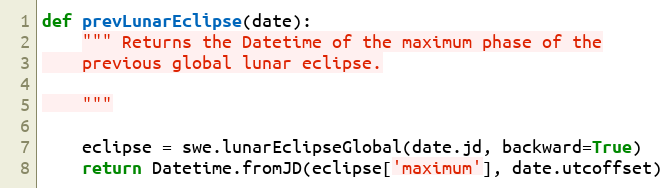
Language: Python
def prevLunarEclipse(date):
    """ Returns the Datetime of the maximum phase of the
    previous global lunar eclipse.

    """

    eclipse = swe.lunarEclipseGlobal(date.jd, backward=True)
    return Datetime.fromJD(eclipse['maximum'], date.utcoffset)